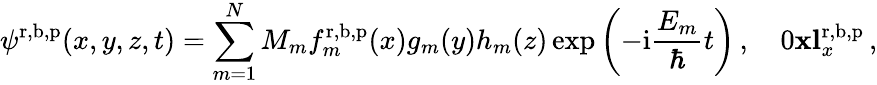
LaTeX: \psi^{\mathrm{r},\mathrm{b},\mathrm{p}}(x,y,z,t)=\sum_{m=1}^{N}M_{m}f_{m}^{\mathrm{r},\mathrm{b},\mathrm{p}}(x)g_{m}(y)h_{m}(z)\exp\left(-\mathrm{i}\frac{E_{m}}{\hbar}t\right)\, ,\quad 0\le x\le l_{x}^{\mathrm{r},\mathrm{b},\mathrm{p}}\, ,